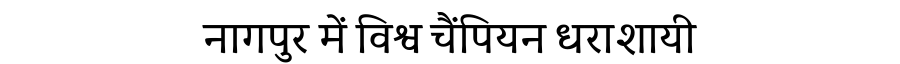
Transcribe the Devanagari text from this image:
नागपुर में विश्व चैंपियन धराशायी